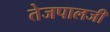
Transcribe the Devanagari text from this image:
तेजपालजी